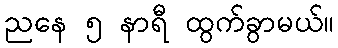
ညနေ ၅ နာရီ ထွက်ခွာမယ်။